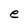
Character: e